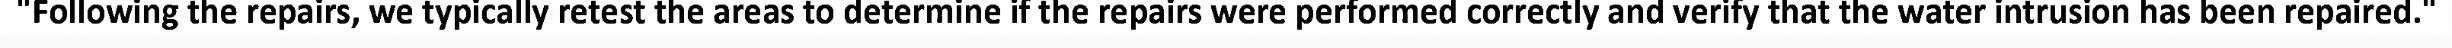
"Following the repairs, we typically retest the areas to determine if the repairs were performed correctly and verify that the water intrusion has been repaired."